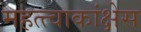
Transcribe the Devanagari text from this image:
महत्त्वाकांक्षेस